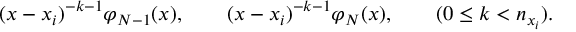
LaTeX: ( x - x _ { i } ) ^ { - k - 1 } \varphi _ { N - 1 } ( x ) , \qquad ( x - x _ { i } ) ^ { - k - 1 } \varphi _ { N } ( x ) , \qquad ( 0 \le k < n _ { x _ { i } } ) .